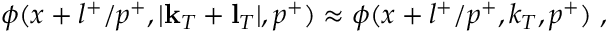
\phi ( x + l ^ { + } / p ^ { + } , | { \bf k } _ { T } + { \bf l } _ { T } | , p ^ { + } ) \approx \phi ( x + l ^ { + } / p ^ { + } , k _ { T } , p ^ { + } ) \; ,